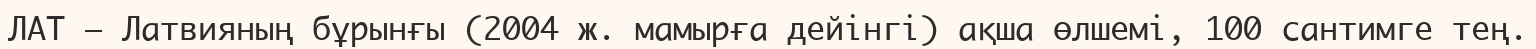
ЛАТ — Латвияның бұрынғы (2004 ж. мамырға дейінгі) ақша өлшемі, 100 сантимге тең.